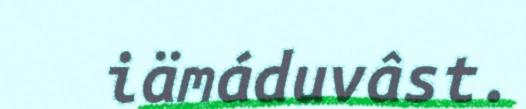
iämáduvâst.